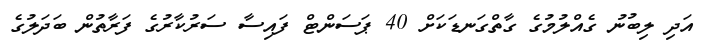
އަދި ލިބުނު ގެއްލުމުގެ ގާތްގަނޑަކަށް 40 ޕަސަންޓް ފައިސާ ސަރުކާރުގެ ފަރާތުން ބަދަލުގެ